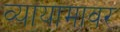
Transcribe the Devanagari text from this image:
व्यायामावर